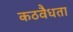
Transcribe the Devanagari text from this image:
कठवैधता